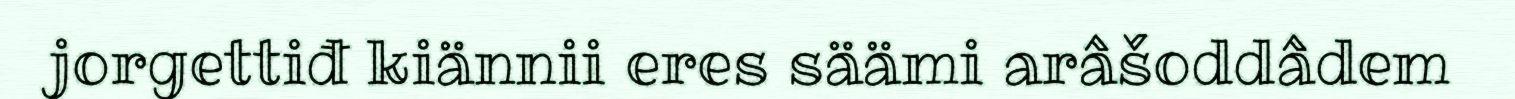
jorgettiđ kiännii eres säämi arâšoddâdem